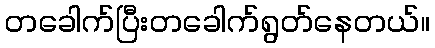
တခေါက်ပြီးတခေါက်ရွတ်နေတယ်။